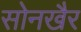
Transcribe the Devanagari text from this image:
सोनखैर